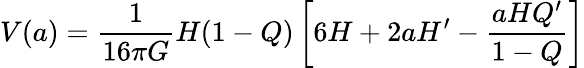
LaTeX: V(a)=\frac{1}{16\pi G}H(1-Q)\left[6H+2aH^{\prime}-\frac{aHQ^{\prime}}{1-Q}\right]